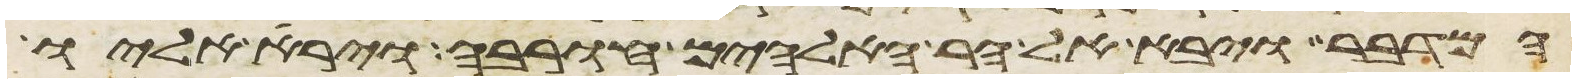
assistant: המדבר ויבא אל הר האלהים חורבה וירא אליו